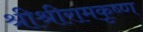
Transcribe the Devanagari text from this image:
श्रीश्रीरामकृष्ण